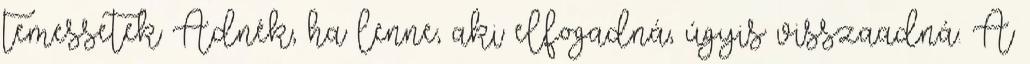
temessetek Adnék, ha lenne, aki elfogadná, úgyis visszaadná. A